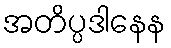
အတိပ္ပဒါနေန